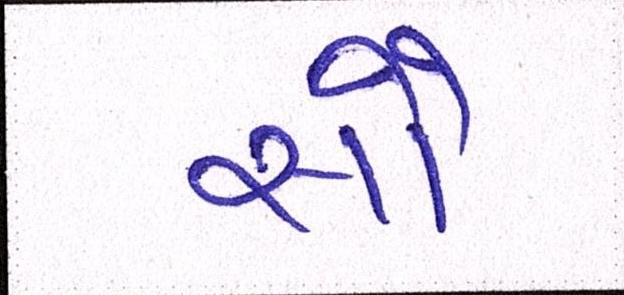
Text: સૌ